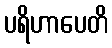
ပရိဟာပေတိ